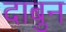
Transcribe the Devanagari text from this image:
दाबुन